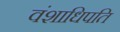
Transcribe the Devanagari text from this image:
वंशाधिपति